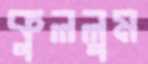
কুললুম